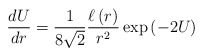
\begin{align*} \frac{dU}{dr}=\frac{1}{8\sqrt{2}}\frac{\ell\left(r\right)}{ r^2} \exp\left(-2U\right)\end{align*}